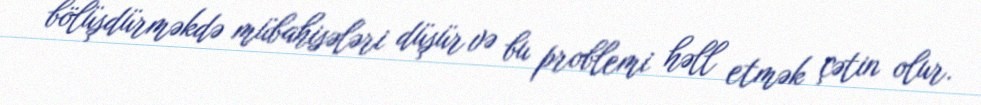
bölüşdürməkdə mübahisələri düşür və bu problemi həll etmək çətin olur.